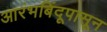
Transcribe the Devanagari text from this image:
आरंभबिंदूपासून